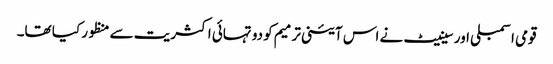
قومی اسمبلی اور سینیٹ نے اس آئینی ترمیم کو دو تہائی اکثریت سے منظور کیا تھا۔